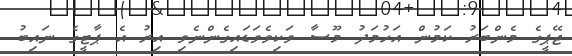
ޖޭޕީގެ މެންބަރު ކަމުން އަހުމަދު މޫސާ ވަކިވެވަޑައިގެންނެވި އިރު އެ ޕާޓީގެ ނައިބު